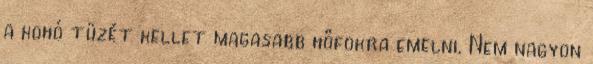
a kohó tüzét kellet magasabb hőfokra emelni. Nem nagyon